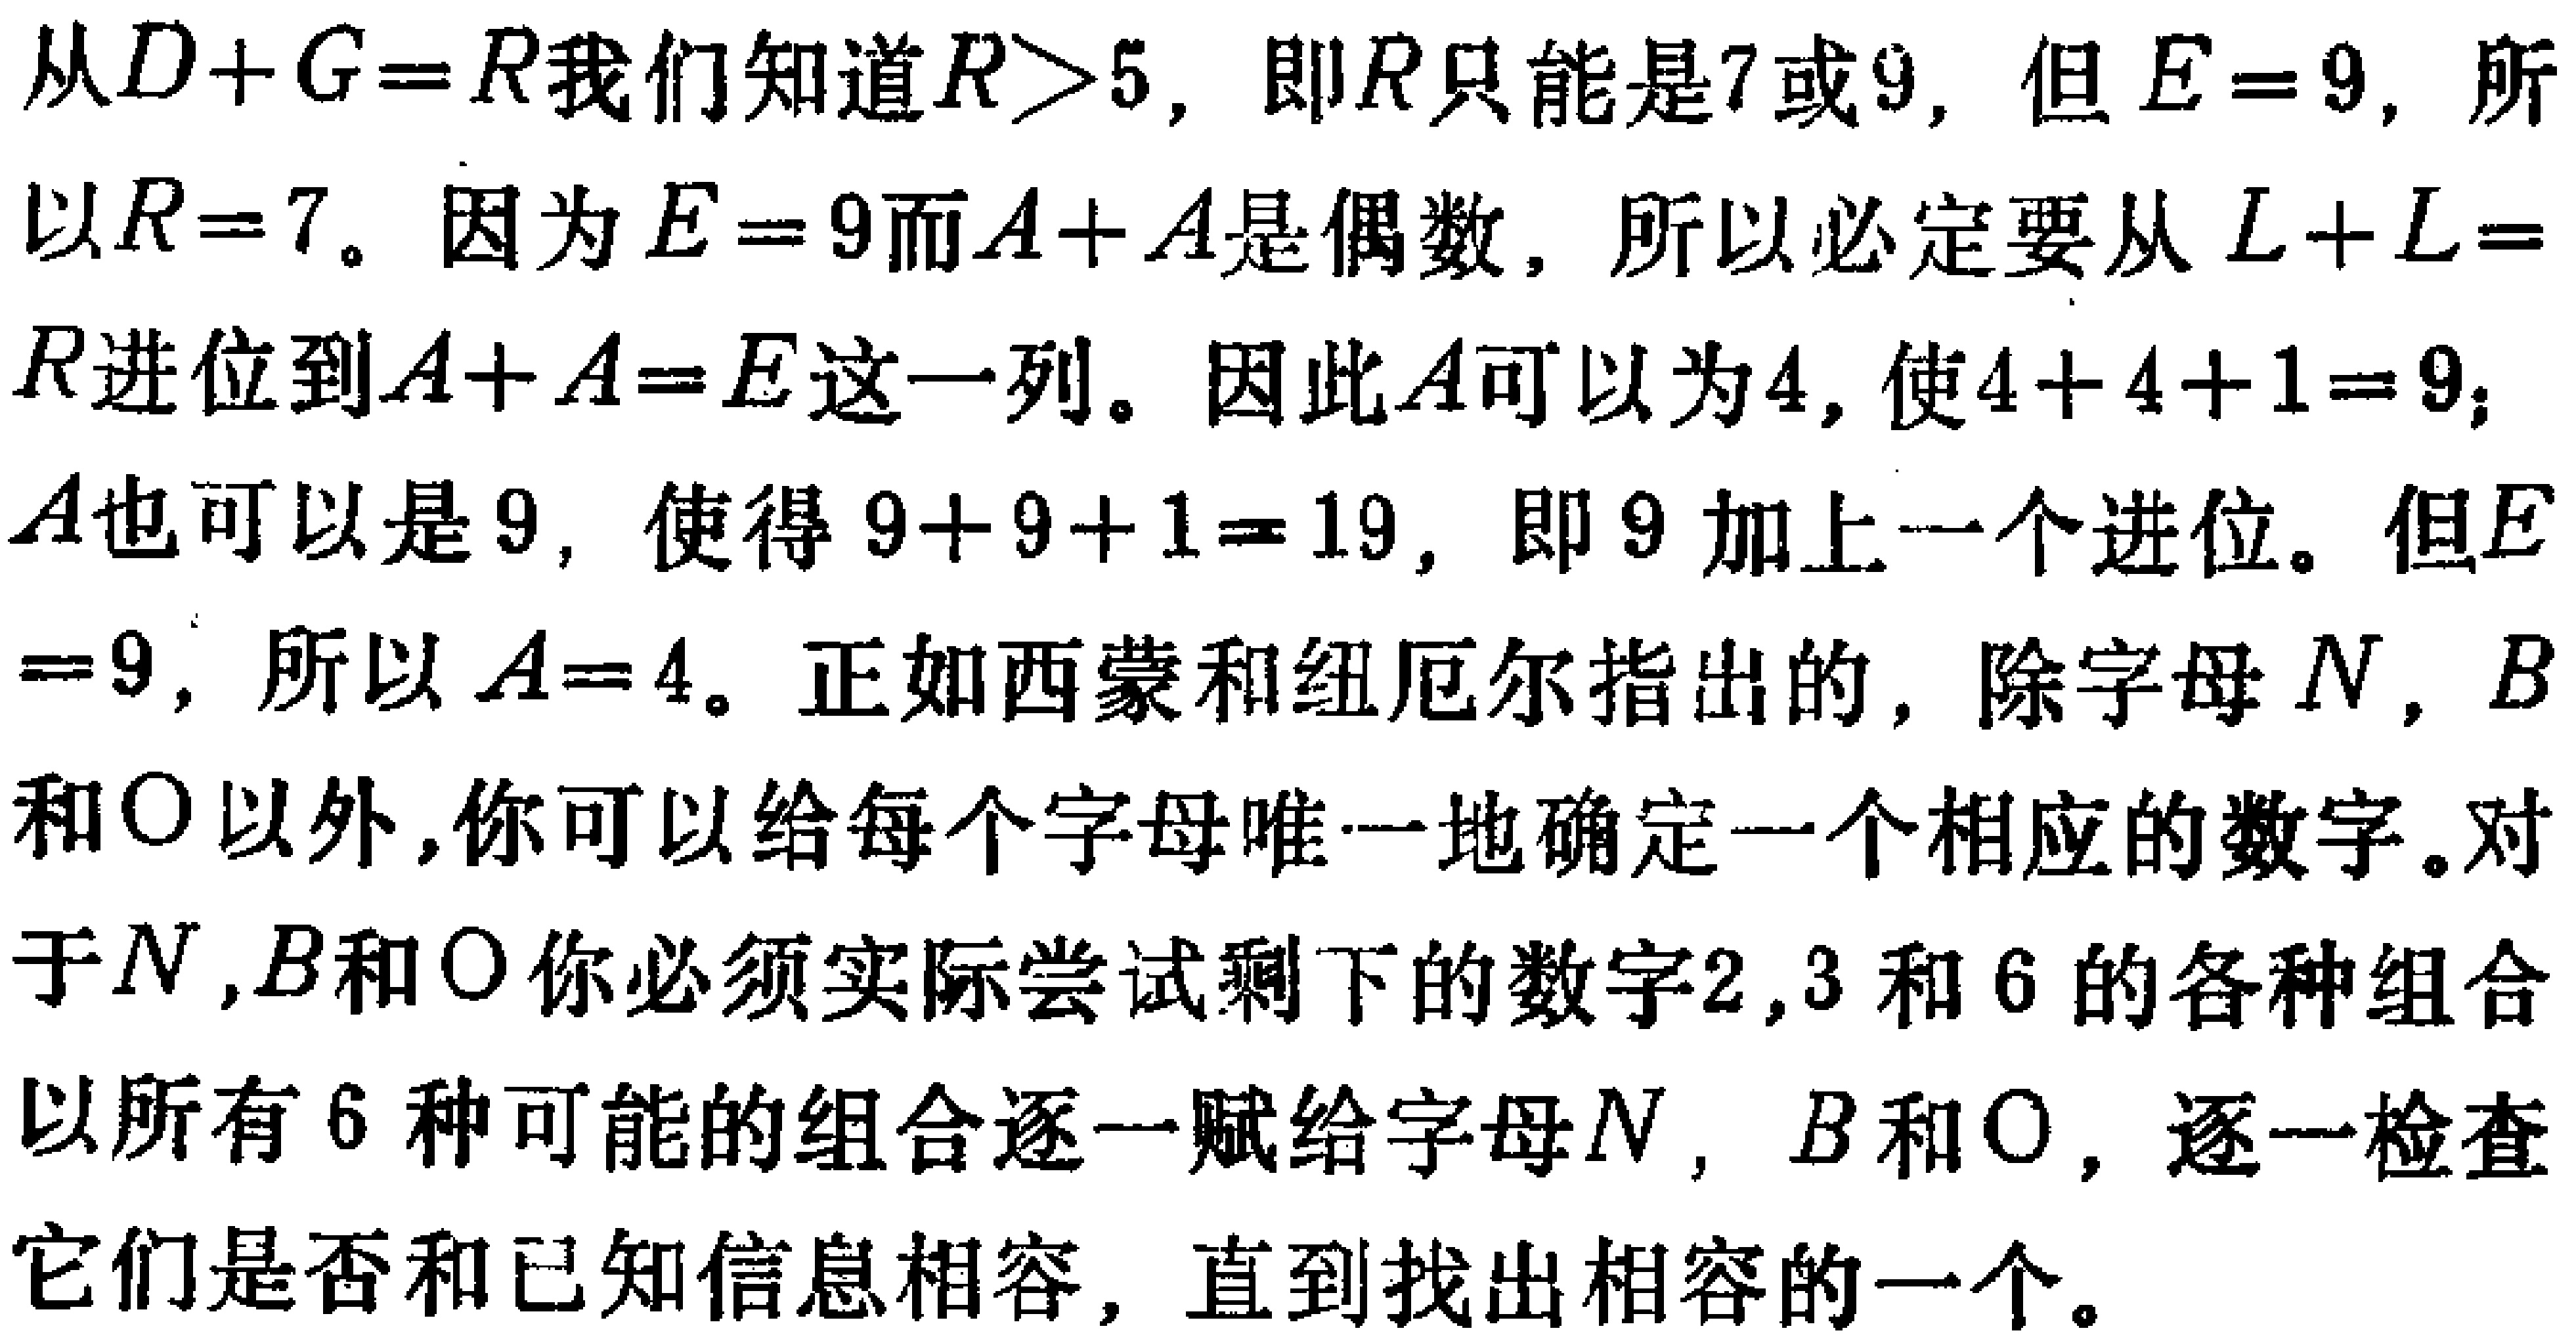
从\(D + G = R\)我们知道\(R>5\)，即\(R\)只能是\(7\)或\(9\)，但\(E = 9\)，所以\(R = 7\)。因为\(E = 9\)而\(A + A\)是偶数，所以必定要从\(L + L = R\)进位到\(A + A = E\)这一列。因此\(A\)可以为\(4\)，使\(4 + 4 + 1 = 9\)；\(A\)也可以是\(9\)，使得\(9 + 9 + 1 = 19\)，即\(9\)加上一个进位。但\(E = 9\)，所以\(A = 4\)。正如西蒙和纽厄尔指出的，除字母\(N\)，\(B\)和\(O\)以外，你可以给每个字母唯一地确定一个相应的数字。对于\(N\)，\(B\)和\(O\)你必须实际尝试剩下的数字\(2\)，\(3\)和\(6\)的各种组合以所有\(6\)种可能的组合逐一赋给字母\(N\)，\(B\)和\(O\)，逐一检查它们是否和已知信息相容，直到找出相容的一个。